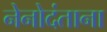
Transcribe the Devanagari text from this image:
नेनोदंताना